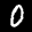
Label: 0